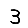
Digit: 3